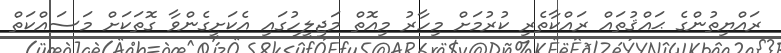
ރައްޔިތުންގެ ޙައްޤުތައް ރައްކާތެރި ކުރުމަށް މިހާރު މިއޮތް މަޖިލީހުގައި އެކަށީގެންވާ ގޮތަކަށް މަސައްކަތް